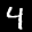
Label: 4